Insane asylums Bombay 1873-77 - 1873-1877
Year: 1873
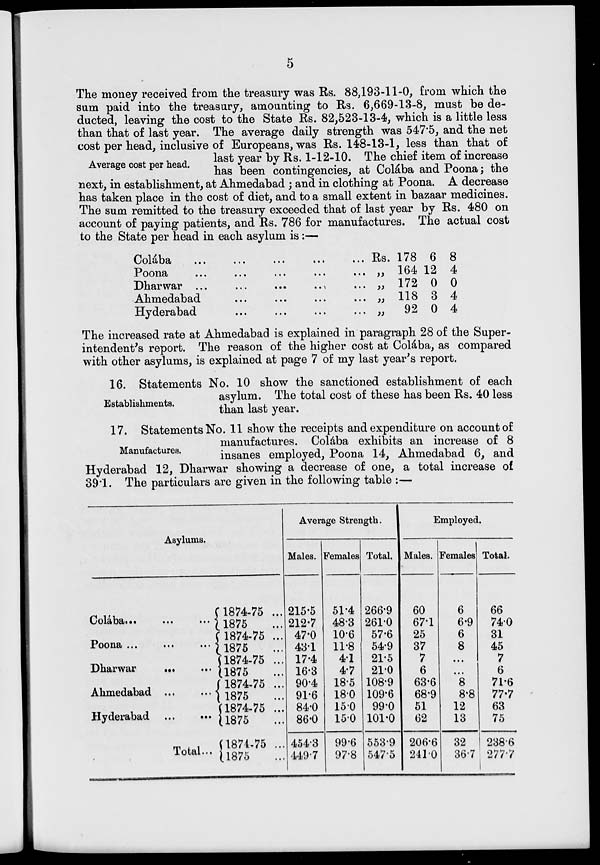
5
Average cost per head.
The money received from the treasury was Rs. 88,193-11-0, from which the
sum paid into the treasury, amounting to Rs. 6,669-13-8, must be de-
ducted, leaving the cost to the State Rs. 82,523-13-4, which is a little less
than that of last year. The average daily strength was 547.5, and the net
cost per head, inclusive of Europeans, was Rs. 148-13-1, less than that of
last year by Rs. 1-12-10. The chief item of increase
has been contingencies, at Colába and Poona; the
next, in establishment, at Ahmedabad ; and in clothing at Poona. A decrease
has taken place in the cost of diet, and to a small extent in bazaar medicines.
The sum remitted to the treasury exceeded that of last year by Rs. 480 on
account of paying patients, and Rs. 786 for manufactures. The actual cost
to the State per head in each asylum is :—
Colába ... ... ... ... ...
Poona
...
...
...
...
...
Dharwar ... ... ... ... ...
Ahmedabad ... ... ... ...
Hyderabad ... ... ... ...
Rs.
„
„
„
„
178
164
172
118
92
6
12
0
3
0
8
4
0
4
4
The increased rate at Ahmedabad is explained in paragraph 28 of the Super-
intendent's report. The reason of the higher cost at Colába, as compared
with other asylums, is explained at page 7 of my last year's report.
Establishments.
16. Statements No. 10 show the sanctioned establishment of each
asylum. The total cost of these has been Rs. 40 less
than last year.
Manufactures.
17. Statements No. 11 show the receipts and expenditure on account of
manufactures. Colába exhibits an increase of 8
insanes employed, Poona 14, Ahmedabad 6, and
Hyderabad 12, Dharwar showing a decrease of one, a total increase of
39.1. The particulars are given in the following table :—
Asylums.
Colába...
...
...
Poona ...
...
...
Dharwar
...
...
Ahmedabad ...
...
Hyderabad
...
...
Total...
1874-75 ...
1875
1874-75 ...
1875
1874-75 ...
1875
1874-75 ...
1875
1874-75 ...
1875
1874-75 ...
1875
Average Strength.
Males.
215.5
212.7
47.0
43.1
17.4
16.3
90.4
91.6
84.0
86.0
454.3
449.7
Females
51.4
48.3
10.6
11.8
4.1
4.7
18.5
18.0
15.0
15.0
99.6
97.8
Total.
266.9
261.0
57.6
54.9
21.5
21.0
108.9
109.6
99.0
101.0
553.9
547.5
Employed.
Males.
60
67.1
25
37
7
6
63.6
68.9
51
62
206.6
241.0
Females
6
6.9
6
8
...
...
8
8.8
12
13
32
36.7
Total.
66
74.0
31
45
7
6
71.6
77.7
63
75
238.6
277.7